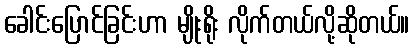
ခေါင်းပြောင်ခြင်းဟာ မျိုးရိုး လိုက်တယ်လို့ဆိုတယ်။